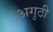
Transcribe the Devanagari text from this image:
अगुठी